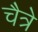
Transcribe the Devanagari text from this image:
चैत्रे